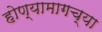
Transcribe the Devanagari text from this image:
होण्यामागच्या